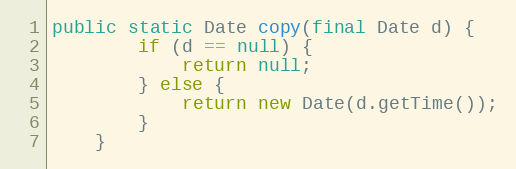
Language: Java
public static Date copy(final Date d) {
        if (d == null) {
            return null;
        } else {
            return new Date(d.getTime());
        }
    }